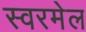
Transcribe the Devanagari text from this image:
स्वरमेल